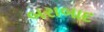
બરાબાદ